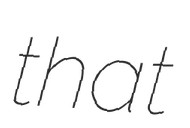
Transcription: that